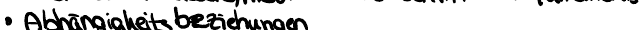
Abhängigkeitsbeziehungen